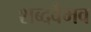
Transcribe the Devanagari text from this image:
शब्दवैभव